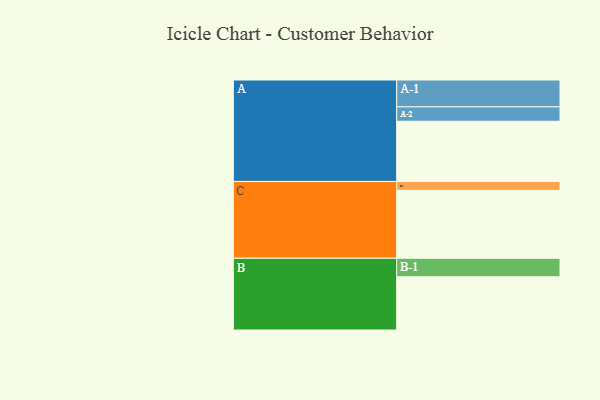
{"axis": {"x": "Segment", "y": "Value"}, "legend": ["", "A", "B", "C"], "data": [{"x": "A", "y": 484, "type": ""}, {"x": "B", "y": 428, "type": ""}, {"x": "C", "y": 546, "type": ""}, {"x": "A-1", "y": 216, "type": "A"}, {"x": "A-2", "y": 116, "type": "A"}, {"x": "B-1", "y": 149, "type": "B"}, {"x": "C-1", "y": 72, "type": "C"}]}